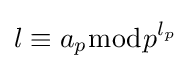
l\equiv a_{p}{\bmod {p}}^{l_{p}}